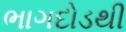
ભાગદોડથી